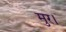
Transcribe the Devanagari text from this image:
मुर।